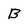
Character: B